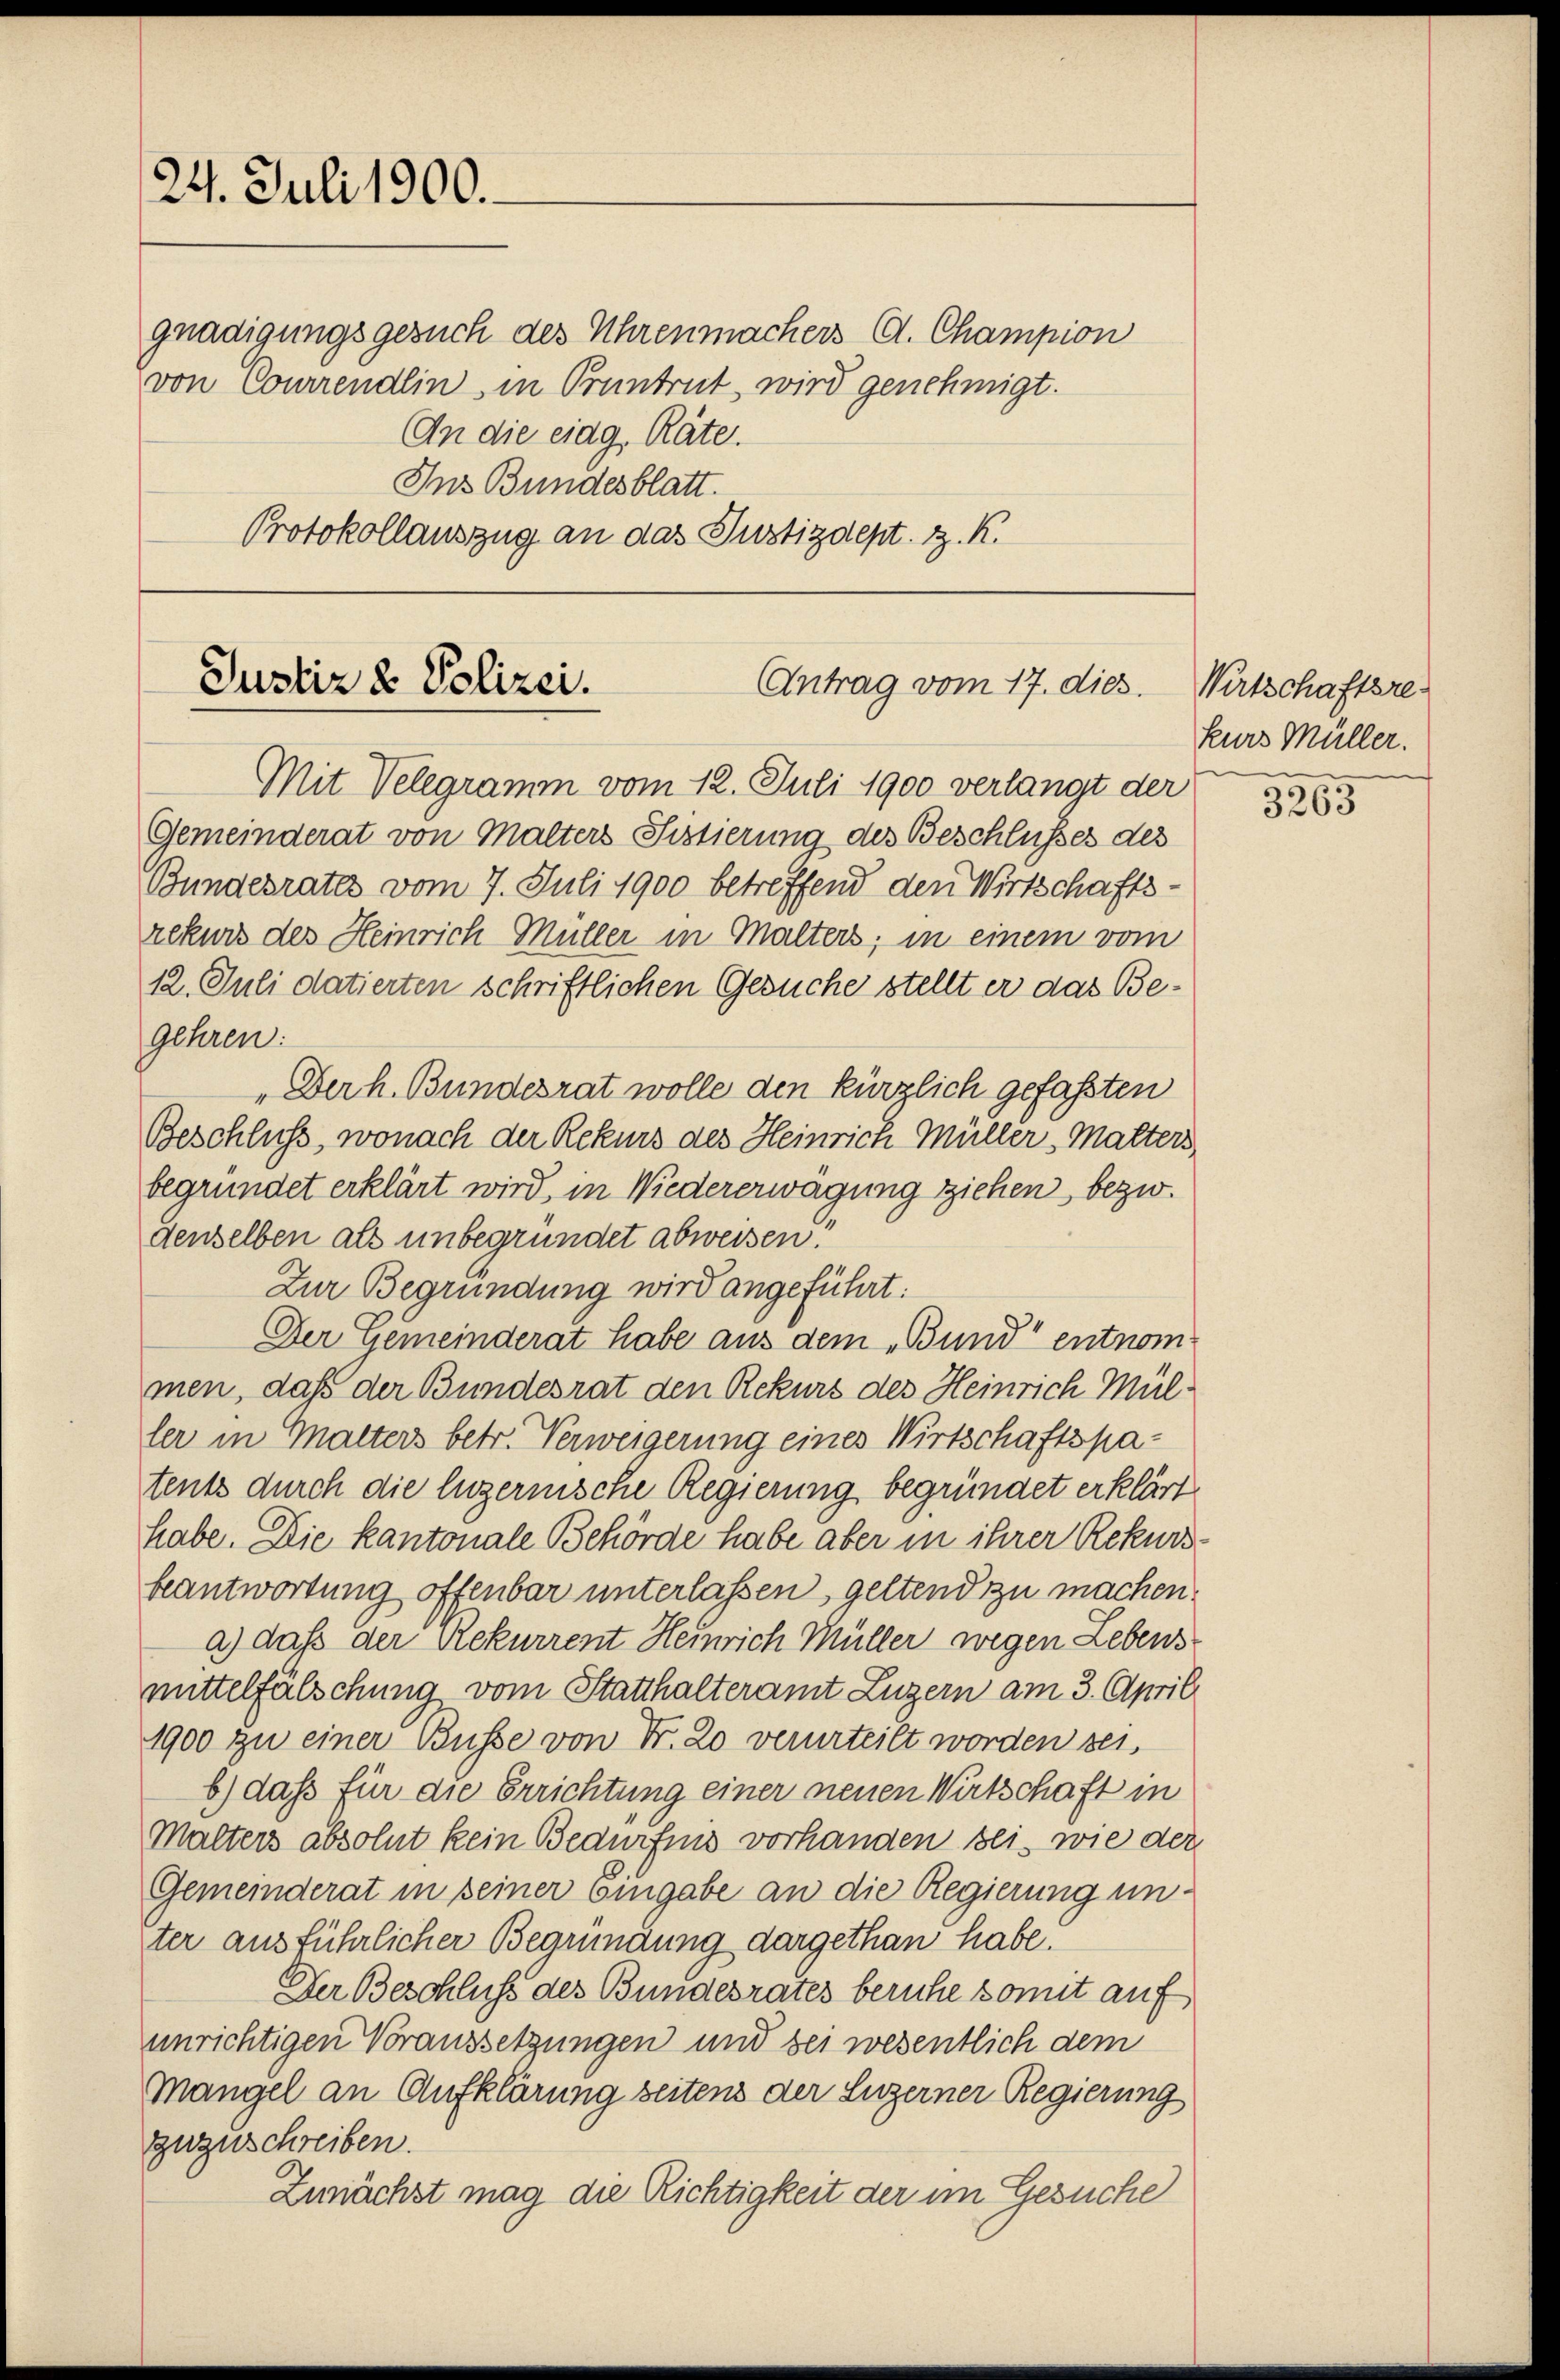
24. Juli 1900.

gnadigungsgesuch des Uhrenmachers C. Champion
von Courirendlin, in Pruntrut wird genehmigt.
An die eidg. Räte.
Ins Bundesblatt.
Protokollauszug an das Justizdept. z. K.

Mit Velegramm vom 12. Juli 1900 verlangt der
Gemeinderat von Malters Sistierung des Beschlusses des
Bundesrates vom 7. Juli 1900 betreffend den Wirtschaftsrekurs des Heinrich Müller in Malters; in einem vom
12. Juli datierten schriftlichen Gesuche stellt er das Begehren:
"Der h. Bundesrat wolle den kürzlich gefaßten
Beschluss, wonach der Rekurs des Heinrich Müller, Malters,
begründet erklärt wird, in Wiedererwägung ziehen, bezw.
denselben als unbegründet abweisen:
Zur Begründung wird angeführt:
Der Gemeinderat habe aus dem „Bund“ entnommen, daß der Bundesrat den Rekurs des Heinrich Müller in Malters betr. Verweigerung eines Wirtschaftspatents durch die luzernische Regierung begründet erklärt
habe. Die kantonale Behörde habe aber in ihrer Rekursbeantwortung offenbar unterlassen, geltend zu machen.
a.) daß der Rekurrent Heinrich Müller wegen Lebensmittelfalschung vom Statthalteramt Luzern am 3. April
1900 zu einer Busse von Fr. 20 verurteilt worden sei,
b.) daß für die Errichtung einer neuen Wirtschaft in
Malters absolut kein Bedürfnis vorhanden sei, wie der
Gemeinderat in seiner Eingabe an die Regierung unter ausführlicher Begründung dargethan habe.
Der Beschluß des Bundesrates beruhe somit auf
unrichtigen Voraussetzungen und sei wesentlich dem
Mangel an Aufklärung seitens der Luzerner Regierung
zuzuschreiben.
Zunächst mag die Richtigkeit der im Gesuche

Justiz & Polizei.
Antrag vom 17. dies.

Wirtschaftsre
kurs Müller.

3265